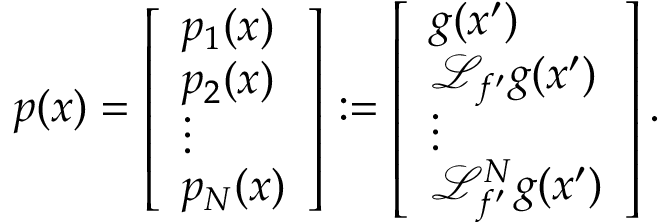
p ( x ) = \left[ \begin{array} { l } { p _ { 1 } ( x ) } \\ { p _ { 2 } ( x ) } \\ { \vdots } \\ { p _ { N } ( x ) } \end{array} \right] : = \left[ \begin{array} { l } { g ( x ^ { \prime } ) } \\ { { \mathcal { L } } _ { f ^ { \prime } } g ( x ^ { \prime } ) } \\ { \vdots } \\ { { \mathcal { L } } _ { f ^ { \prime } } ^ { N } g ( x ^ { \prime } ) } \end{array} \right] .